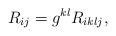
LaTeX: \begin{align*} R_{ij} = g^{kl} R_{iklj},\end{align*}